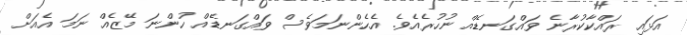
އަޅައި ރައްކާކުރާނެ ވައްގަނޑެއް ނުހުރެއެވެ. އެހެންނަމަވެސް ވައްގަނޑެއް ހުންނަ މޭޒެއް ނަމަ އެއަށް